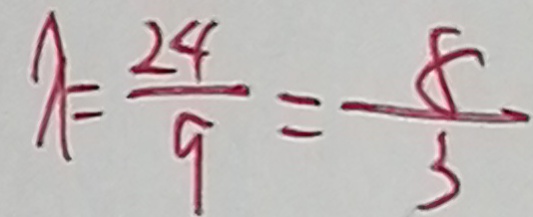
\lambda = \frac { 2 4 } { 9 } = \frac { 8 } { 3 }